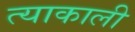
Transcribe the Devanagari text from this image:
त्याकाली